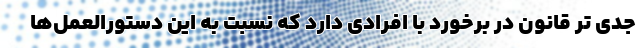
جدی تر قانون در برخورد با افرادی دارد که نسبت به این دستورالعمل‌ها